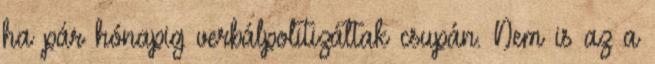
ha pár hónapig verbálpolitizáltak csupán. Nem is az a